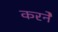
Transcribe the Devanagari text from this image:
करनेे